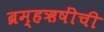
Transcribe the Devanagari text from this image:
ब्रम्हऋषींची